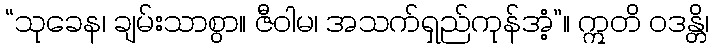
“သုခေန၊ ချမ်းသာစွာ။ ဇီဝါမ၊ အသက်ရှည်ကုန်အံ့”။ ဣတိ ဝဒန္တိ၊